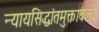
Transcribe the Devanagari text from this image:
न्यायसिद्धांतमुक्तावली